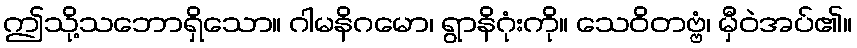
ဤသို့သဘောရှိသော။ ဂါမနိဂမော၊ ရွာနိဂုံးကို။ သေဝိတဗ္ဗံ၊ မှီဝဲအပ်၏။